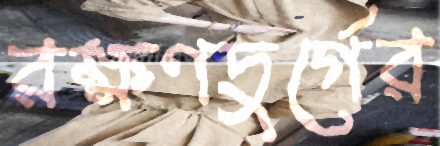
রক্ষণদুর্গের